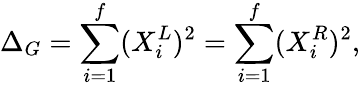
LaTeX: \Delta_{G}=\sum_{i=1}^{f}(X_{i}^{L})^{2}=\sum_{i=1}^{f}(X_{i}^{R})^{2},